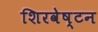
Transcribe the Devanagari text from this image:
शिरवेष्टन